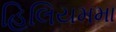
હિલિયમમા